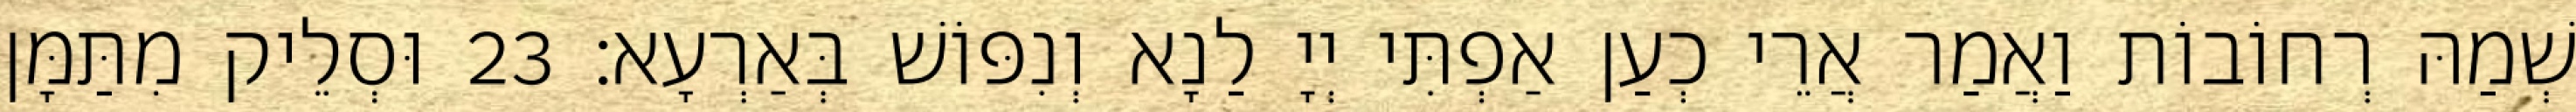
שְׁמַהּ רְחוֹבוֹת וַאֲמַר אֲרֵי כְעַן אַפְתִּי יְיָ לַנָא וְנִפּוֹשׁ בְּאַרְעָא׃ 23 וּסְלֵיק מִתַּמָּן